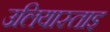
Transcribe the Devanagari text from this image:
उलियास्ताइ